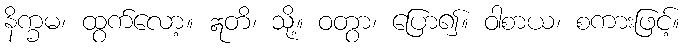
နိက္ခမ၊ ထွက်လော့။ ဣတိ၊ သို့။ ဝတွာ၊ ပြော၍။ ဝါစာယ၊ စကားဖြင့်။